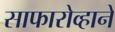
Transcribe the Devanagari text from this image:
साफारोव्हाने